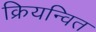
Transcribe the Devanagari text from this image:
क्रियन्वित